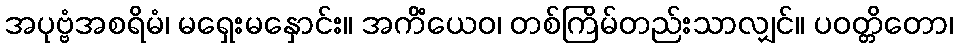
အပုဗ္ဗံအစရိမံ၊ မရှေးမနှောင်း။ အကိံယေဝ၊ တစ်ကြိမ်တည်းသာလျှင်။ ပဝတ္တိတော၊